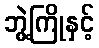
ဘွဲ့ကြိုနှင့်